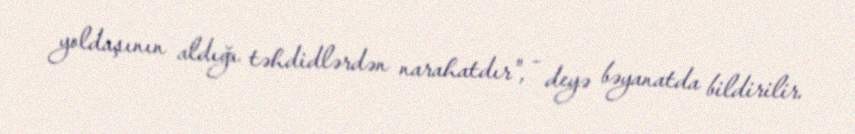
yoldaşının aldığı təhdidlərdən narahatdır", - deyə bəyanatda bildirilir.